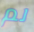
لم